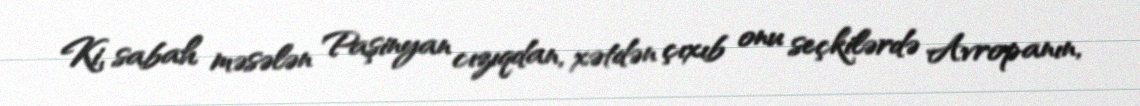
Ki, sabah məsələn Paşinyan cızıqdan, xətdən çıxıb onu seçkilərdə Avropanın,